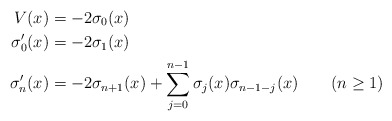
\begin{align*}V(x) & = -2\sigma_0(x)\\\sigma'_0(x) & = -2\sigma_1(x)\\\sigma'_n(x) & = -2\sigma_{n+1}(x) + \sum_{j=0}^{n-1} \sigma_j(x)\sigma_{n-1-j}(x) \quad\quad(n\ge 1)\end{align*}